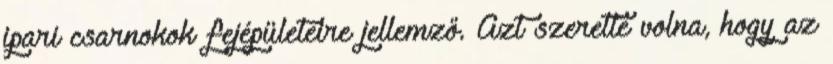
ipari csarnokok fejépületeire jellemző. Azt szerette volna, hogy az